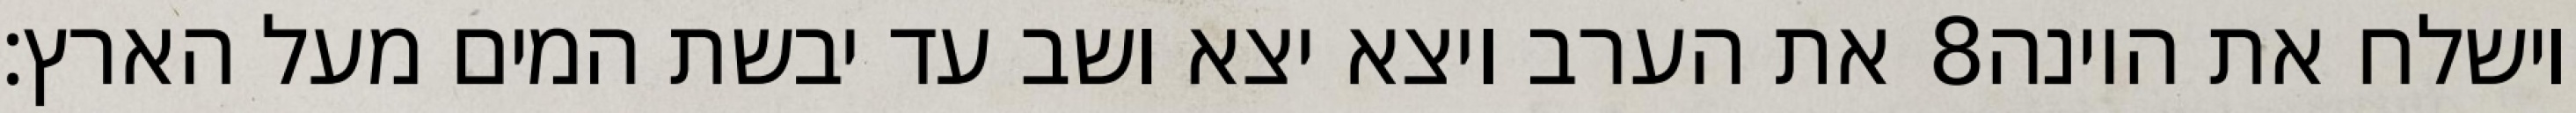
את הערב ויצא יצא ושב עד יבשת המים מעל הארץ׃ ‎8‏ וישלח את היונה